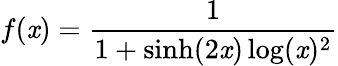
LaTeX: f(\mathit{x})={\frac{{1}}{{1+\sinh(2\mathit{x})\log(\mathit{x})^{2}}}}